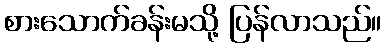
စားသောက်ခန်းမသို့ ပြန်လာသည်။